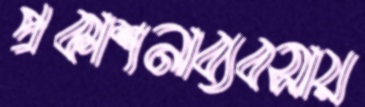
প্রকাশনাব্যবসায়